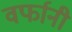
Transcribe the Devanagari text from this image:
वर्फानी